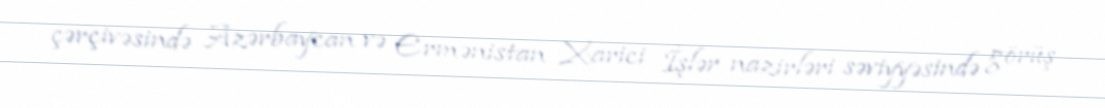
çərçivəsində Azərbaycan və Ermənistan Xarici İşlər nazirləri səviyyəsində görüş